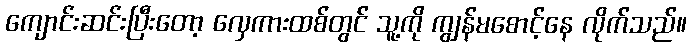
ကျောင်းဆင်းပြီးတော့ လှေကားထစ်တွင် သူ့ကို ကျွန်မစောင့်နေ လိုက်သည်။